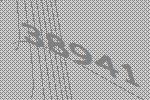
38941